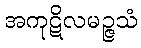
အကုဋိလမဉ္ဇသံ